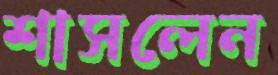
শাসলেন